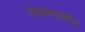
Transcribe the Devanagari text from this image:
विषमतलीय